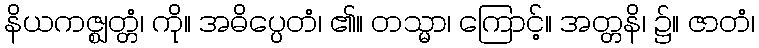
နိယကဇ္ဈတ္တံ၊ ကို။ အဓိပ္ပေတံ၊ ၏။ တသ္မာ၊ ကြောင့်။ အတ္တနိ၊ ၌။ ဇာတံ၊